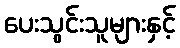
ပေးသွင်းသူများနှင့်